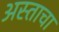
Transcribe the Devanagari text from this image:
अस्ताचा